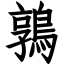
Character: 鶉